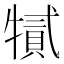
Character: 㹑